Madras plague regulations in force outside the Presidency town - Volume 5
Disease focus: Plague
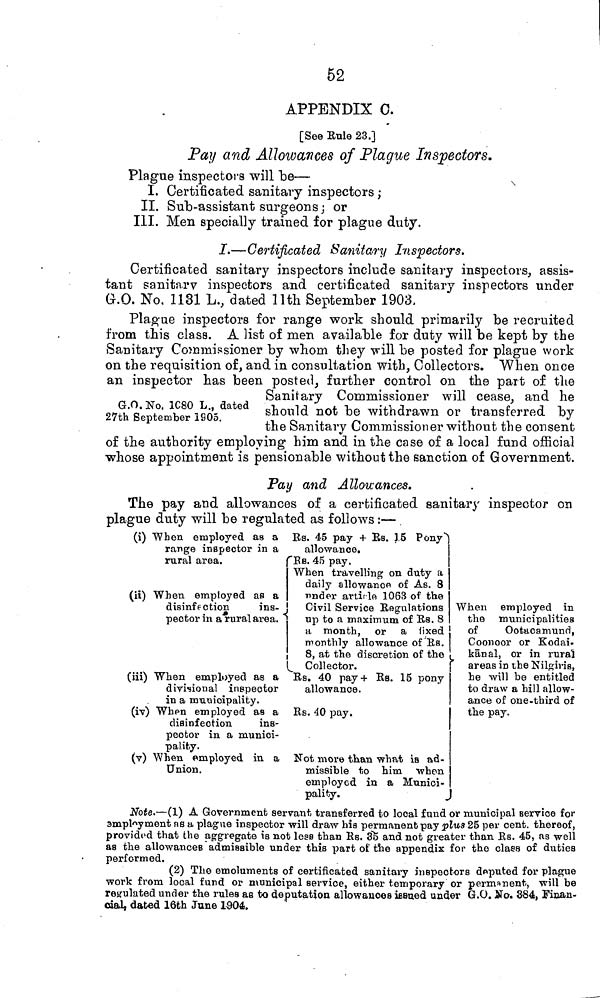
52
APPENDIX 0.
[See Eule 23.]
Pay and Allowances of Plague Inspectors.
Plague inspectors will be—
I. Certificated sanitary inspecto
II. Sub-assistant surgeons; or
III. Men specially trained for plague duty.
I.—Certificated Sanitary Inspectors.
Certificated sanitary inspectors include sanitary inspectors, assis-
tant sanitary inspectors and certificated sanitary inspectors under
G.O. No. 1131 L., dated 11th September 1903.
G.O. No. 1C80 L., dated
27th September 1905.
Plague inspectors for range work should primarily be recruited
from this class. A list of men available for duty will be kept by the
Sanitary Commissioner by whom they will be posted for plague work
on the requisition of, and in consultation with, Collectors. When once
an inspector has been posted, further control on the part of the
Sanitary Commissioner will cease, and he
should not be withdrawn or transferred by
the Sanitary Commissioner without the consent
of the authority employing him and in the case of a local fund official
whose appointment is pensionable without the sanction of Government.
Pay and Allowances.
The pay and allowances of a certificated sanitary inspector on
plague duty will be regulated as follows :—
(i) When employed as a
range inspector in a
Rs. 45 pay + Rs. 15 Pony
allowance.
rural area.
Rs.
45 pay.
(ii) When employed as a
disinfection
ins-
pector in a rural area.
When travelling on duty a
daily allowance of As. 8
under article 1063 of the
Civil Service Regulations
up to a maximum of Rs. 8
a month, or a fixed
monthly allowance of Rs.
8, at the discretion of the
Collector.
(iii) When employed as a
divisional inspector
in a municipality.
(iv) When employed as a
disinfection
ins-
pector in a munici-
pality.
(v) When employed in a
Union.
Rs. 40 pay + Rs. 15 pony
allowance.
Rs. 40 pay.
Not more than what is ad-
missible to him when
employed in a Munici-
When employed in
the municipalities
of
Ootacamund,
Coonoor or Kodai-
känal, or in rural
areas in the Nilgivis,
he will be entitled
to draw a hill allow-
ance of one-third of
the pay.
pality.
Note.—(1) A Government servant transferred to local fund or municipal service for
amplement as a plague inspector will draw his permanent pay plus 25 per cent. thereof,
provided that the aggregate is not less than Rs. 35 and not greater than Rs. 45, as well
as the allowances admissible under this part of the appendix for the class of duties
performed.
(2) The emoluments of certificated sanitary inspectors deputed for plague
work from local fund or municipal service, either temporary or permanent, will be
regulated under the rules as to deputation allowances issued under G.O. No. 384, Finan-
cial, dated 16th June 1904.